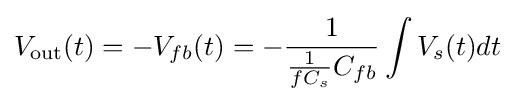
V_{\text{out}}(t)=-V_{fb}(t)=-{\frac {1}{{\frac {1}{fC_{s}}}C_{fb}}}\int V_{s}(t)dt